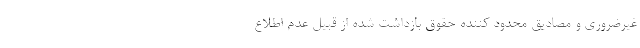
غیرضروری و مصادیق محدود کننده حقوق بازداشت شده از قبیل عدم اطلاع